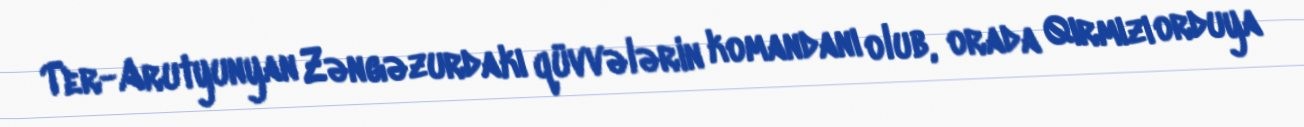
Ter-Arutyunyan Zəngəzurdakı qüvvələrin komandanı olub, orada Qırmızı orduya